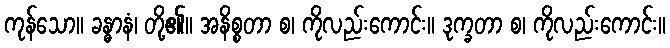
ကုန်သော။ ခန္ဓာနံ၊ တို့၏။ အနိစ္စတာ စ၊ ကိုလည်းကောင်း။ ဒုက္ခတာ စ၊ ကိုလည်းကောင်း။